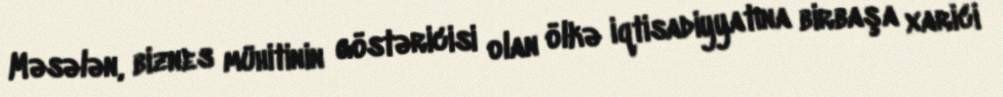
Məsələn, biznes mühitinin göstəricisi olan ölkə iqtisadiyyatına birbaşa xarici